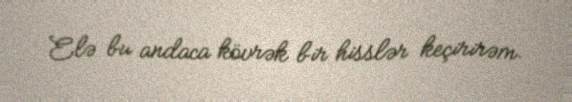
Elə bu andaca kövrək bir hisslər keçirirəm.